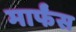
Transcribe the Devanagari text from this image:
मार्फंस